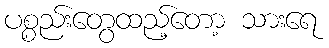
ပစ္စည်းတွေထည့်တော့ သားရေ